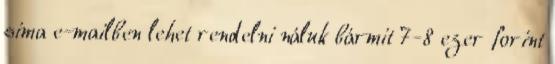
sima e-mailben lehet rendelni náluk bármit 7-8 ezer forint